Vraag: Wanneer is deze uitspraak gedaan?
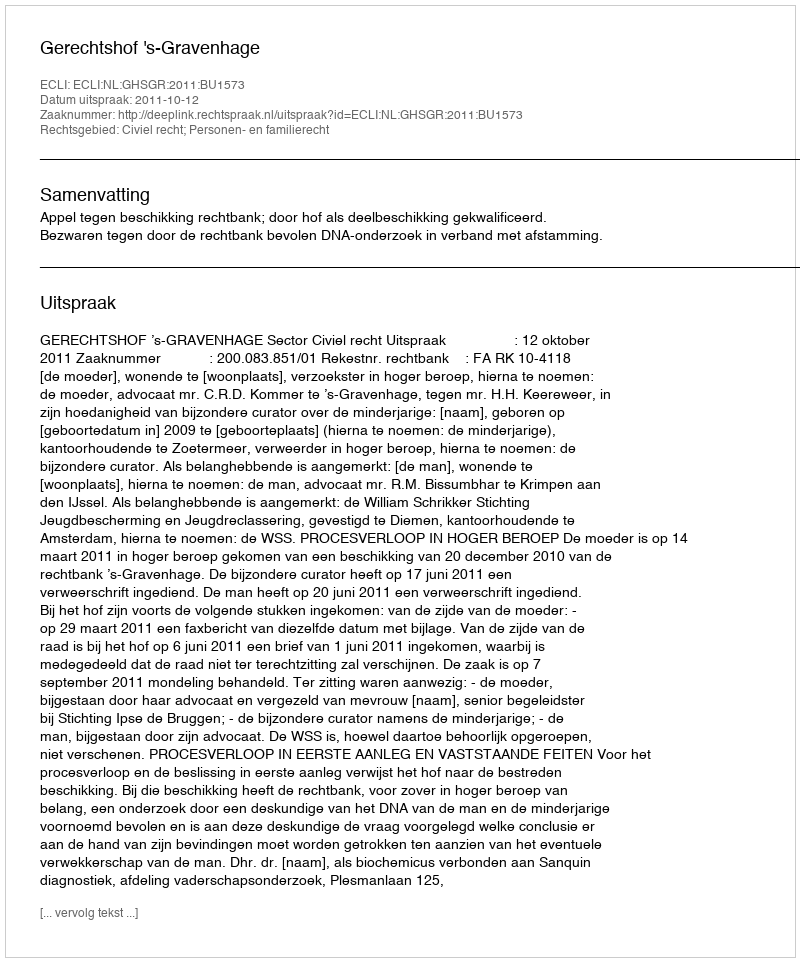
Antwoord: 2011-10-12